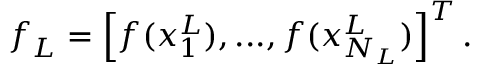
\boldsymbol { f } _ { L } = \left[ f ( \boldsymbol { x } _ { 1 } ^ { L } ) , . . . , f ( \boldsymbol { x } _ { N _ { L } } ^ { L } ) \right] ^ { T } .